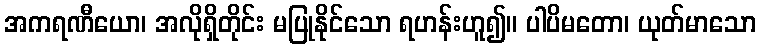
အကရဏီယော၊ အလိုရှိတိုင်း မပြုနိုင်သော ရဟန်းဟူ၍။ ပါပိမတော၊ ယုတ်မာသော